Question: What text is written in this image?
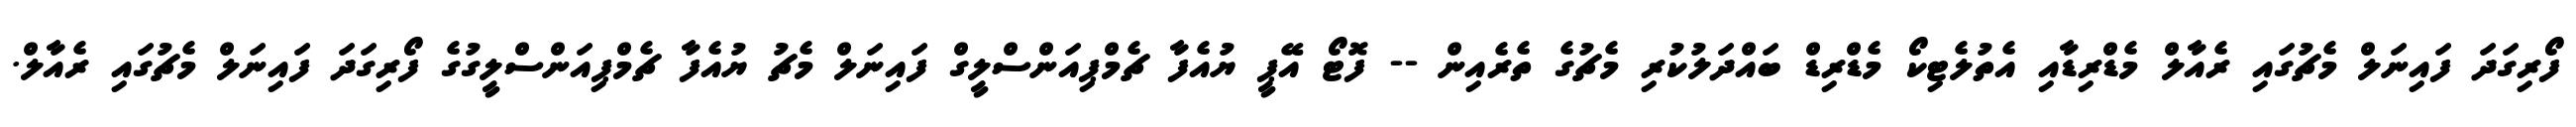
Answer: ފޯރިގަދަ ފައިނަލް މެޗުގައި ރެއާލް މެޑްރިޑާއި އެތުލެޓިކޯ މެޑްރިޑް ބައްދަލުކުރި މެޗުގެ ތެރެއިން -- ފޮޓޯ އޭޕީ ޔުއެފާ ޗެމްޕިއަންސްލީގް ފައިނަލް މެޗު ޔުއެފާ ޗެމްޕިއަންސްލީގުގެ ފޯރިގަދަ ފައިނަލް މެޗުގައި ރެއާލް.